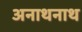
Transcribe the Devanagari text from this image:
अनाथनाथ